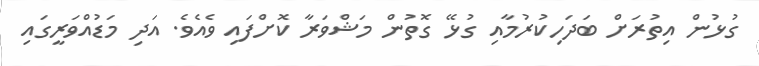
ގުޅުން އިތުރަށް ބަދަހިކުރުމާއި ގުޅޭ ގޮތުން މަޝްވަރާ ކޮށްފައި ވެއެވެ. އަދި މަޑުއްވަރީގައި